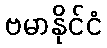
ဗမာနိုင်ငံ